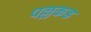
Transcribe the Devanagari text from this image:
पल्लकड